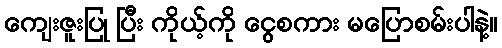
ကျေးဇူးပြု ပြီး ကိုယ့်ကို ငွေစကား မပြောစမ်းပါနဲ့။